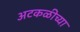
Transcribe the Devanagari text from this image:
अटकळीच्या